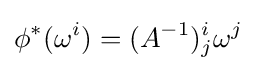
\phi ^{*}(\omega ^{i})=(A^{-1})_{j}^{i}\omega ^{j}